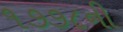
૧૭૭૮ની